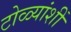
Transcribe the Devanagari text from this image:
टोळ्यांशीं